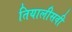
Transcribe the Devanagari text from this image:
तियालीसवी